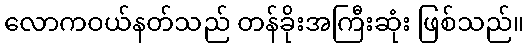
လောကဝယ်နတ်သည် တန်ခိုးအကြီးဆုံး ဖြစ်သည်။